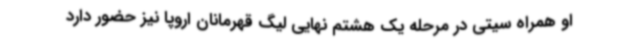
او همراه سیتی در مرحله یک هشتم نهایی لیگ قهرمانان اروپا نیز حضور دارد